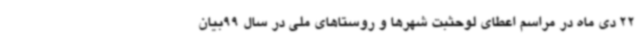
22 دی ماه در مراسم اعطای لوحثبت شهرها و روستاهای ملی در سال 99بیان